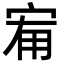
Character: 𭓰